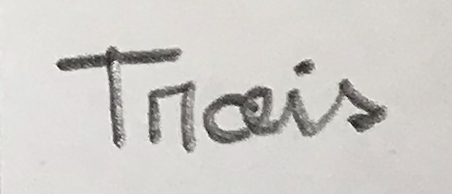
Trois